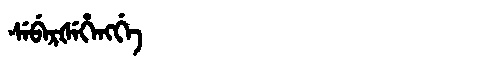
Manchu: ᠰᡝᠪᡝᡵᡧᡝᡥᡝᠩᡤᡝ
Romanization: SEBERŠEHENGGE